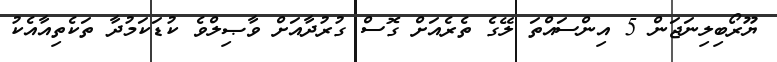
ޔޫރޯބިލިނަޖަން 5 އިންސައްތަ ލޭގެ ތެރެއަށް ގޮސް ގުރުދާއަށް ވާޞިލްވެ ކުޑަކަމުދާ ތަކެތިއާއެކު